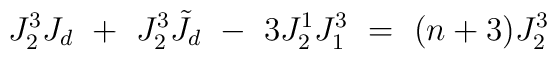
J^3_2 J_d\ +\  J^3_2 \tilde J_d\ -\ 3 J^1_2 J^3_1\ = \ (n+3) J^3_2